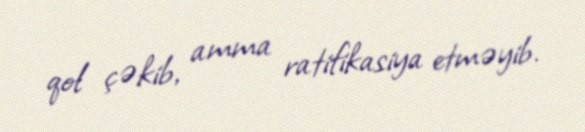
qol çəkib, amma ratifikasiya etməyib.